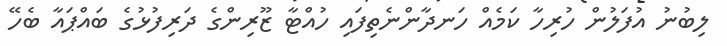
ލިބުނު އުފަލުން ހުރިހާ ކަމެއް ހަނދާންނެތިފައި ހުއްޓާ ޒޫރިންގެ ދަރިފުޅުގެ ބައްޕައާ ބެހޭ